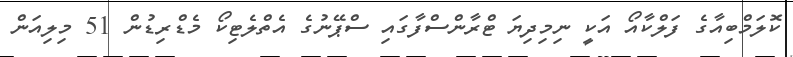
ކޮލަމްބިއާގެ ފަލްކާއޯ އަކީ ނިމިދިޔަ ޓްރާންސްފާގައި ސްޕޭނުގެ އެތްލެޓިކޯ މެޑްރިޑުން 51 މިލިއަން